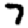
Digit: 7